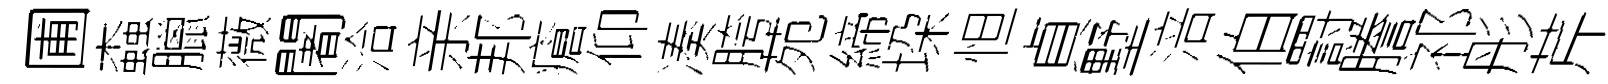
圃螙臘薇闍洽亲邦瘡仰凑胯苑締垜怛貞墅涪伯罸謄祁彤芹